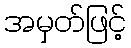
အမှတ်ဖြင့်